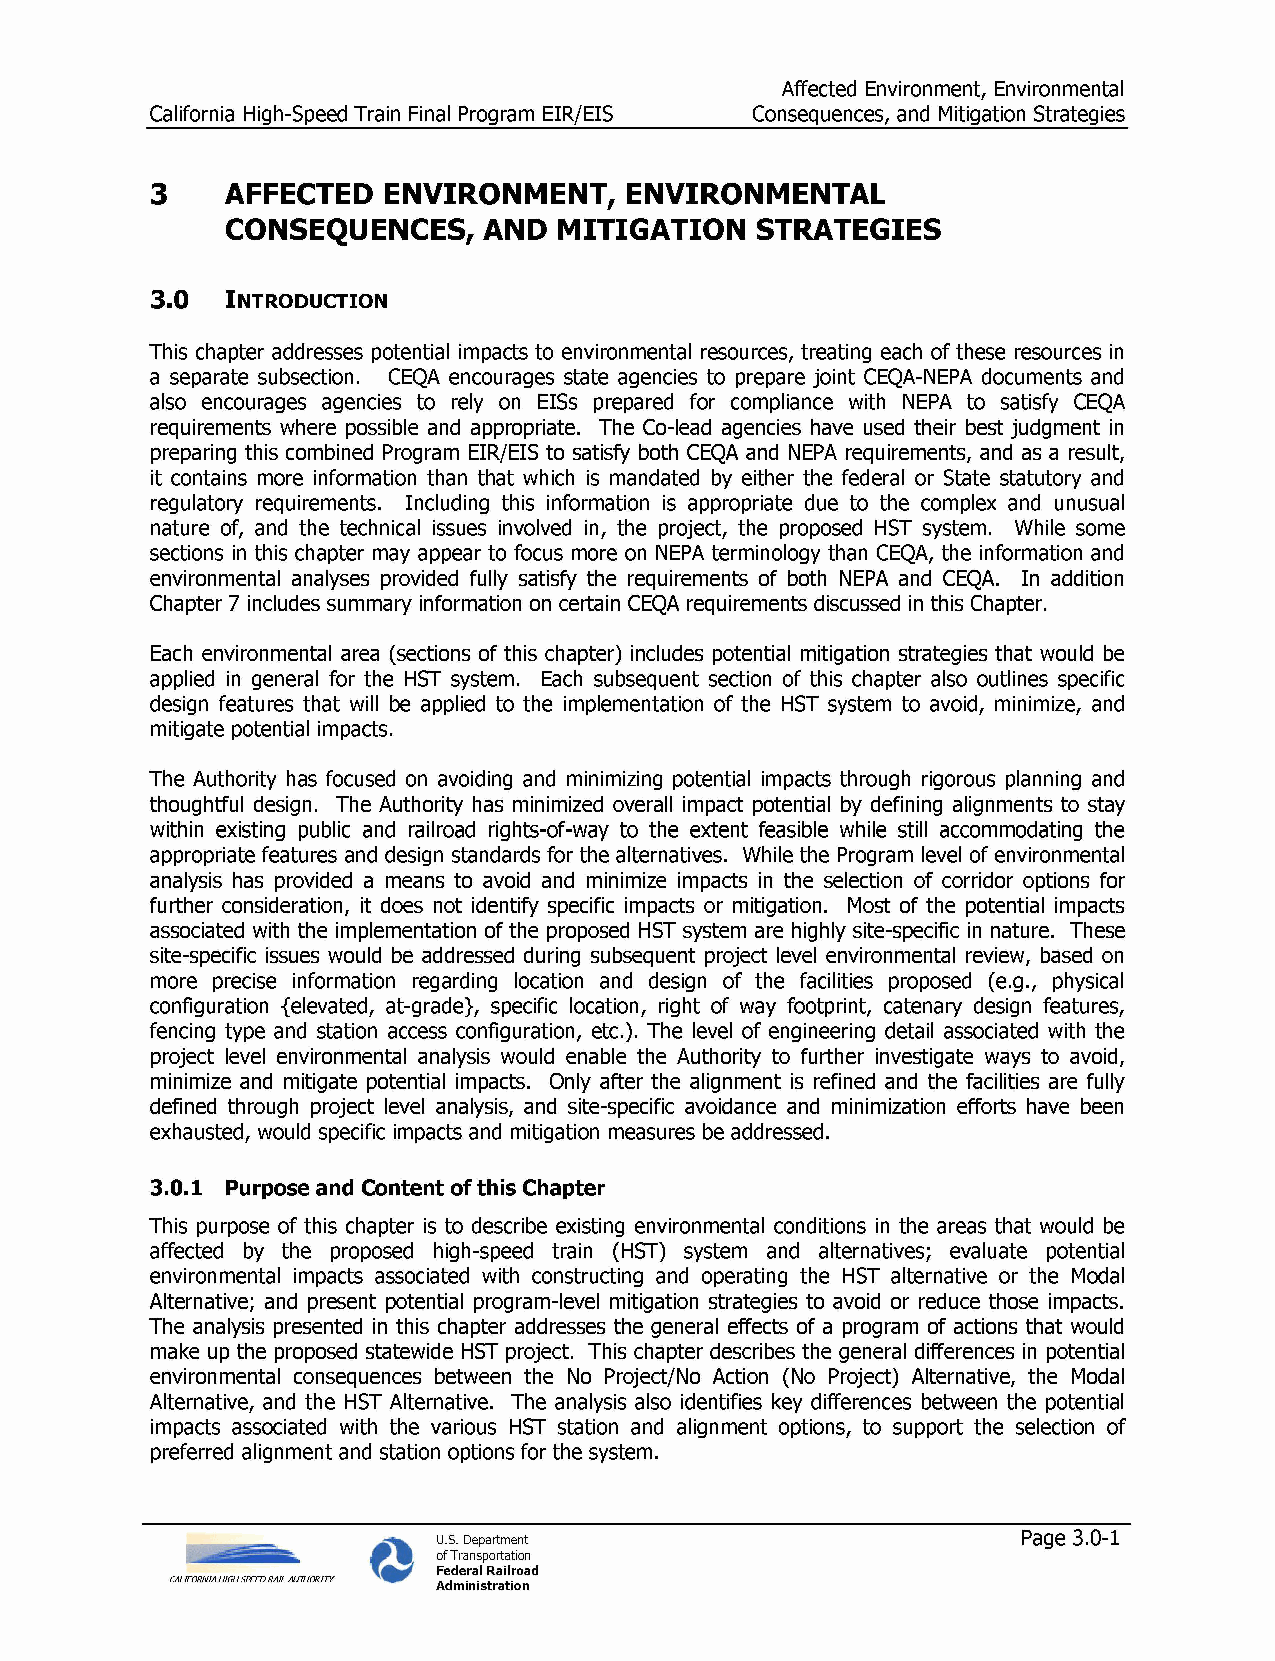
Affected Environment, Environmental
 California High-Speed Train Final Program EIR/EIS Consequences, and Mitigation Strategies
 3    AFFECTED  ENVIRONMENT,    ENVIRONMENTAL
 CONSEQUENCES,    AND  MITIGATION   STRATEGIES
 3.0  Introduction
 This chapter addresses potential impacts to environmental resources, treating each of these resources in
 a separate subsection. CEQA encourages state agencies to prepare joint CEQA-NEPA documents and
 also encourages agencies to rely on EISs prepared for compliance with NEPA to satisfy CEQA
 requirements where possible and appropriate. The Co-lead agencies have used their best judgment in
 preparing this combined Program EIR/EIS to satisfy both CEQA and NEPA requirements, and as a result,
 it contains more information than that which is mandated by either the federal or State statutory and
 regulatory requirements. Including this information is appropriate due to the complex and unusual
 nature of, and the technical issues involved in, the project, the proposed HST system. While some
 sections in this chapter may appear to focus more on NEPA terminology than CEQA, the information and
 environmental analyses provided fully satisfy the requirements of both NEPA and CEQA. In addition
 Chapter 7 includes summary information on certain CEQA requirements discussed in this Chapter.
 Each environmental area (sections of this chapter) includes potential mitigation strategies that would be
 applied in general for the HST system. Each subsequent section of this chapter also outlines specific
 design features that will be applied to the implementation of the HST system to avoid, minimize, and
 mitigate potential impacts.
 The Authority has focused on avoiding and minimizing potential impacts through rigorous planning and
 thoughtful design. The Authority has minimized overall impact potential by defining alignments to stay
 within existing public and railroad rights-of-way to the extent feasible while still accommodating the
 appropriate features and design standards for the alternatives. While the Program level of environmental
 analysis has provided a means to avoid and minimize impacts in the selection of corridor options for
 further consideration, it does not identify specific impacts or mitigation. Most of the potential impacts
 associated with the implementation of the proposed HST system are highly site-specific in nature. These
 site-specific issues would be addressed during subsequent project level environmental review, based on
 more precise information regarding location and design of the facilities proposed (e.g., physical
 configuration (elevated, at-grade), specific location, right of way footprint, catenary design features,
 fencing type and station access configuration, etc.). The level of engineering detail associated with the
 project level environmental analysis would enable the Authority to further investigate ways to avoid,
 minimize and mitigate potential impacts. Only after the alignment is refined and the facilities are fully
 defined through project level analysis, and site-specific avoidance and minimization efforts have been
 exhausted, would specific impacts and mitigation measures be addressed.
 3.0.1 Purpose and Content of this Chapter
 This purpose of this chapter is to describe existing environmental conditions in the areas that would be
 affected by the proposed high-speed train (HST) system and alternatives; evaluate potential
 environmental impacts associated with constructing and operating the HST alternative or the Modal
 Alternative; and present potential program-level mitigation strategies to avoid or reduce those impacts.
 The analysis presented in this chapter addresses the general effects of a program of actions that would
 make up the proposed statewide HST project. This chapter describes the general differences in potential
 environmental consequences between the No Project/No Action (No Project) Alternative, the Modal
 Alternative, and the HST Alternative. The analysis also identifies key differences between the potential
 impacts associated with the various HST station and alignment options, to support the selection of
 preferred alignment and station options for the system.
 U.S. Department                        Page 3.0-1
 of Transportation
 Federal Railroad
 CALIFORNIA HIGH SPEED RAIL AUTHORITY Administration